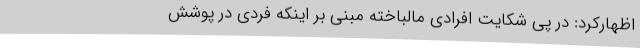
اظهارکرد: در پی شکایت افرادی مالباخته مبنی بر اینکه فردی در پوشش